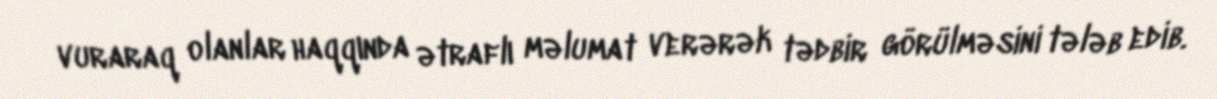
vuraraq olanlar haqqında ətraflı məlumat verərək tədbir görülməsini tələb edib.